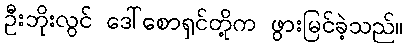
ဦးဘိုးလွင် ဒေါ်စောရှင်တို့က ဖွားမြင်ခဲ့သည်။